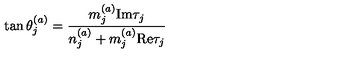
\tan \theta _ { j } ^ { ( a ) } = { \frac { m _ { j } ^ { ( a ) } \mathrm { I m } \tau _ { j } } { n _ { j } ^ { ( a ) } + m _ { j } ^ { ( a ) } \mathrm { R e } \tau _ { j } } }